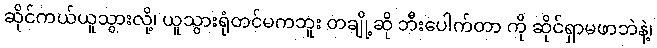
ဆိုင်ကယ်ယူသွားလို့၊ ယူသွားရုံတင်မကဘူး တချို့ဆို ဘီးပေါက်တာ ကို ဆိုင်ရှာမဖာဘဲနဲ့၊